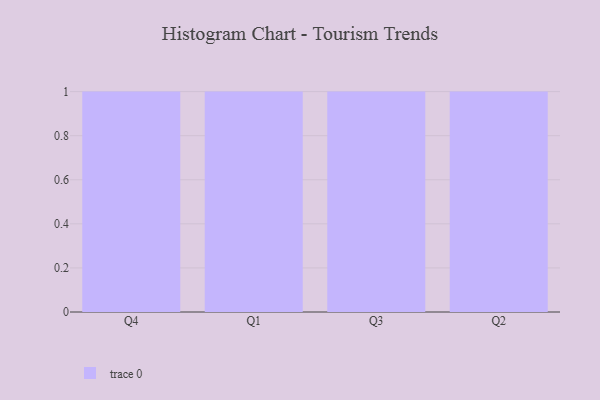
{"axis": {"x": "Quarter", "y": "Conversion Rate (%)"}, "legend": [""], "data": [{"x": "Q4", "y": 47, "type": ""}, {"x": "Q1", "y": 42, "type": ""}, {"x": "Q3", "y": 78, "type": ""}, {"x": "Q2", "y": 36, "type": ""}]}